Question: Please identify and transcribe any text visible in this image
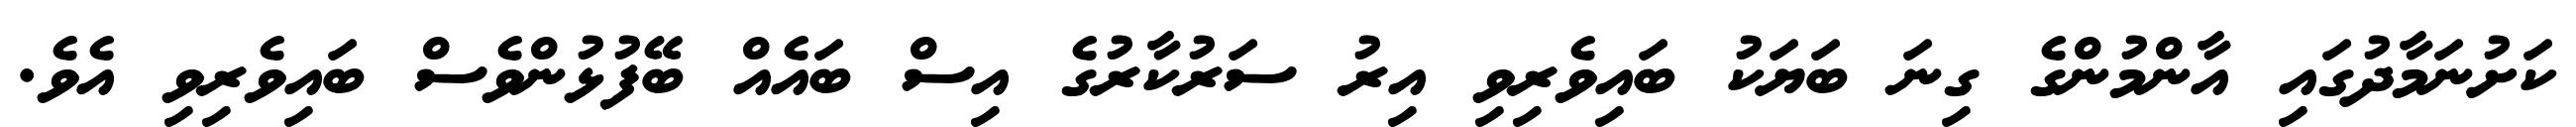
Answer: ކަށުނަމާދުގައި އާންމުންގެ ގިނަ ބަޔަކު ބައިވެރިވި އިރު ސަރުކާރުގެ އިސް ބައެއް ބޭފުޅުންވެސް ބައިވެރިވި އެވެ.